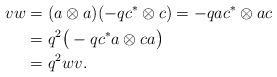
LaTeX: \begin{align*} v w &= (a \otimes a)( -q c^* \otimes c) = -q a c^* \otimes a c \\ &= q^2 \big( -q c^* a \otimes c a \big) \\ &= q^{2} w v. \end{align*}